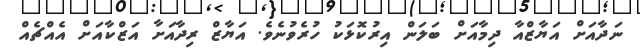
ނަދާއަށް އަޔާޒްއާ ދިމާއަށް ބަލަން އިރުކޮޅަކު ހުރެވުނެވެ. އަޔާޒް ރިދާއަށާ އަޒްކާއަށް އެއްޗެއް